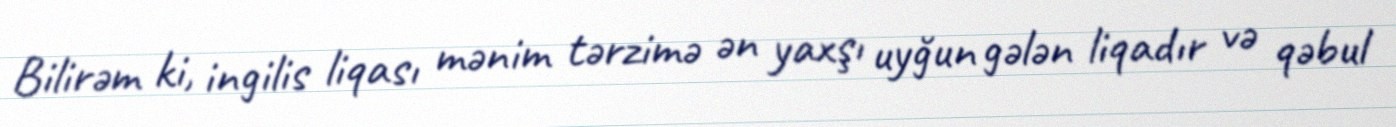
Bilirəm ki, ingilis liqası mənim tərzimə ən yaxşı uyğun gələn liqadır və qəbul